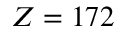
Z = 1 7 2